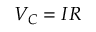
V _ { C } = I R